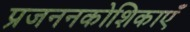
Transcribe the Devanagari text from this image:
प्रजननकोशिकाएँ